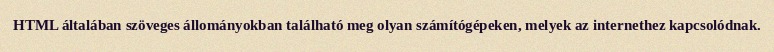
HTML általában szöveges állományokban található meg olyan számítógépeken, melyek az internethez kapcsolódnak.